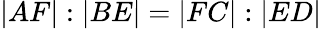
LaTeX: |AF|:|BE|=|FC|:|ED|